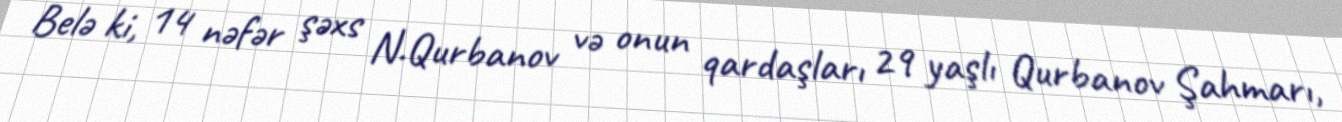
Belə ki, 14 nəfər şəxs N.Qurbanov və onun qardaşları 29 yaşlı Qurbanov Şahmarı,